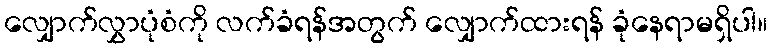
လျှောက်လွှာပုံစံကို လက်ခံရန်အတွက် လျှောက်ထားရန် ခုံနေရာမရှိပါ။